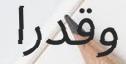
وقدرا